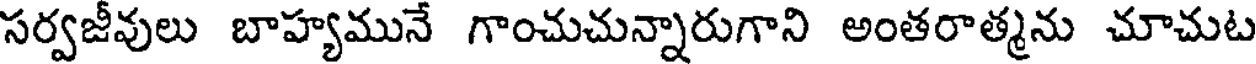
సర్వజీవులు బాహ్యమునే గాంచుచున్నారుగాని అంతరాత్మను చూచుట